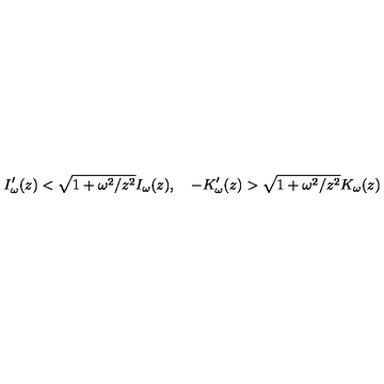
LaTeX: I _ { \omega } ^ { \prime } ( z ) < \sqrt { 1 + \omega ^ { 2 } / z ^ { 2 } } I _ { \omega } ( z ) , \quad - K _ { \omega } ^ { \prime } ( z ) > \sqrt { 1 + \omega ^ { 2 } / z ^ { 2 } } K _ { \omega } ( z )